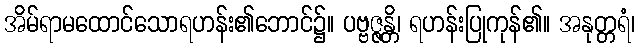
အိမ်ရာမထောင်သောရဟန်း၏ဘောင်၌။ ပဗ္ဗဇ္ဇန္တိ၊ ရဟန်းပြုကုန်၏။ အနုတ္တရံ၊